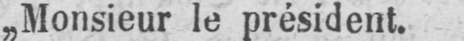
„Monsieur le président.